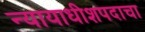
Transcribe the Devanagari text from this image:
न्यायाधीशपदाचा